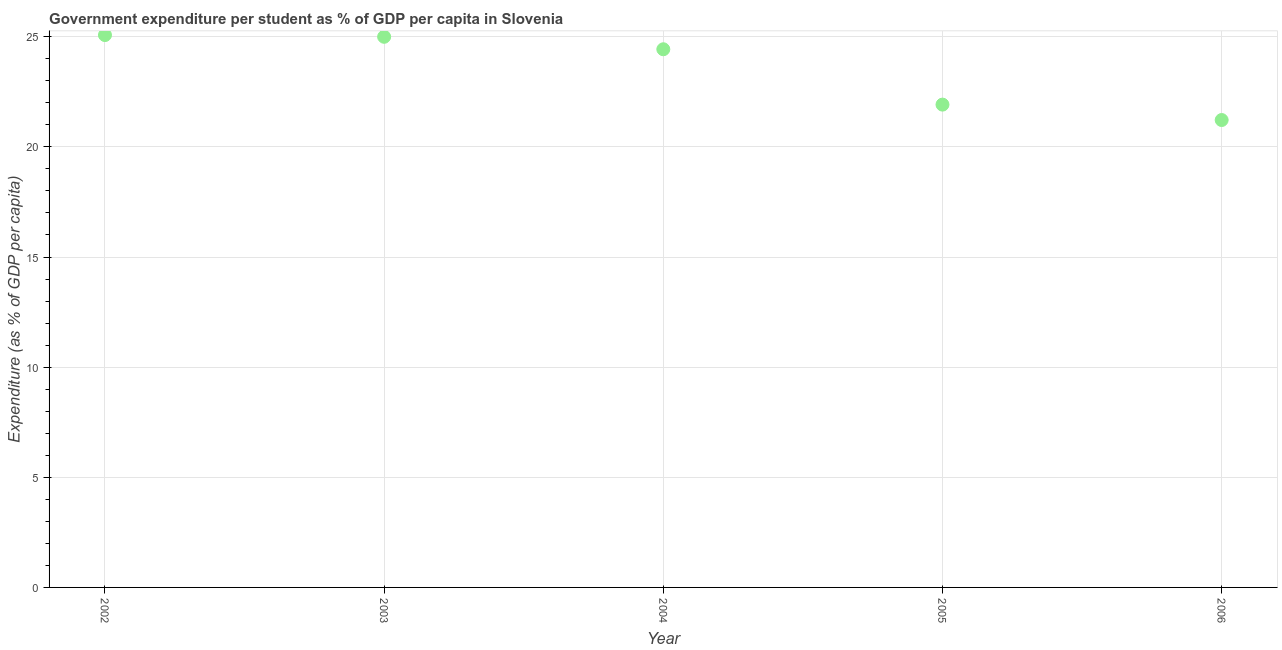
| Year | Government expenditure per tertiary student |
 | --- | --- |
 | 2002 | 25.1 |
 | 2003 | 25 |
 | 2004 | 24.4 |
 | 2005 | 21.9 |
 | 2006 | 21.2 |